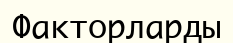
Факторларды